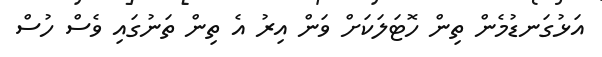
އަޅުގަނޑުމެން ތިން ހޮޓަލަކަށް ވަން އިރު އެ ތިން ތަނުގައި ވެސް ހުސް